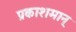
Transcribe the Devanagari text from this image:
प्रकाशमान्‌